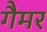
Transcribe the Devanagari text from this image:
गैमर